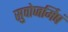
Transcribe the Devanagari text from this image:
सुवोजर्मिषं